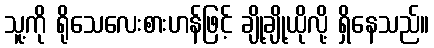
သူ့ကို ရိုသေလေးစားဟန်ဖြင့် ချို့ချို့ယိုလို့ ရှိနေသည်။